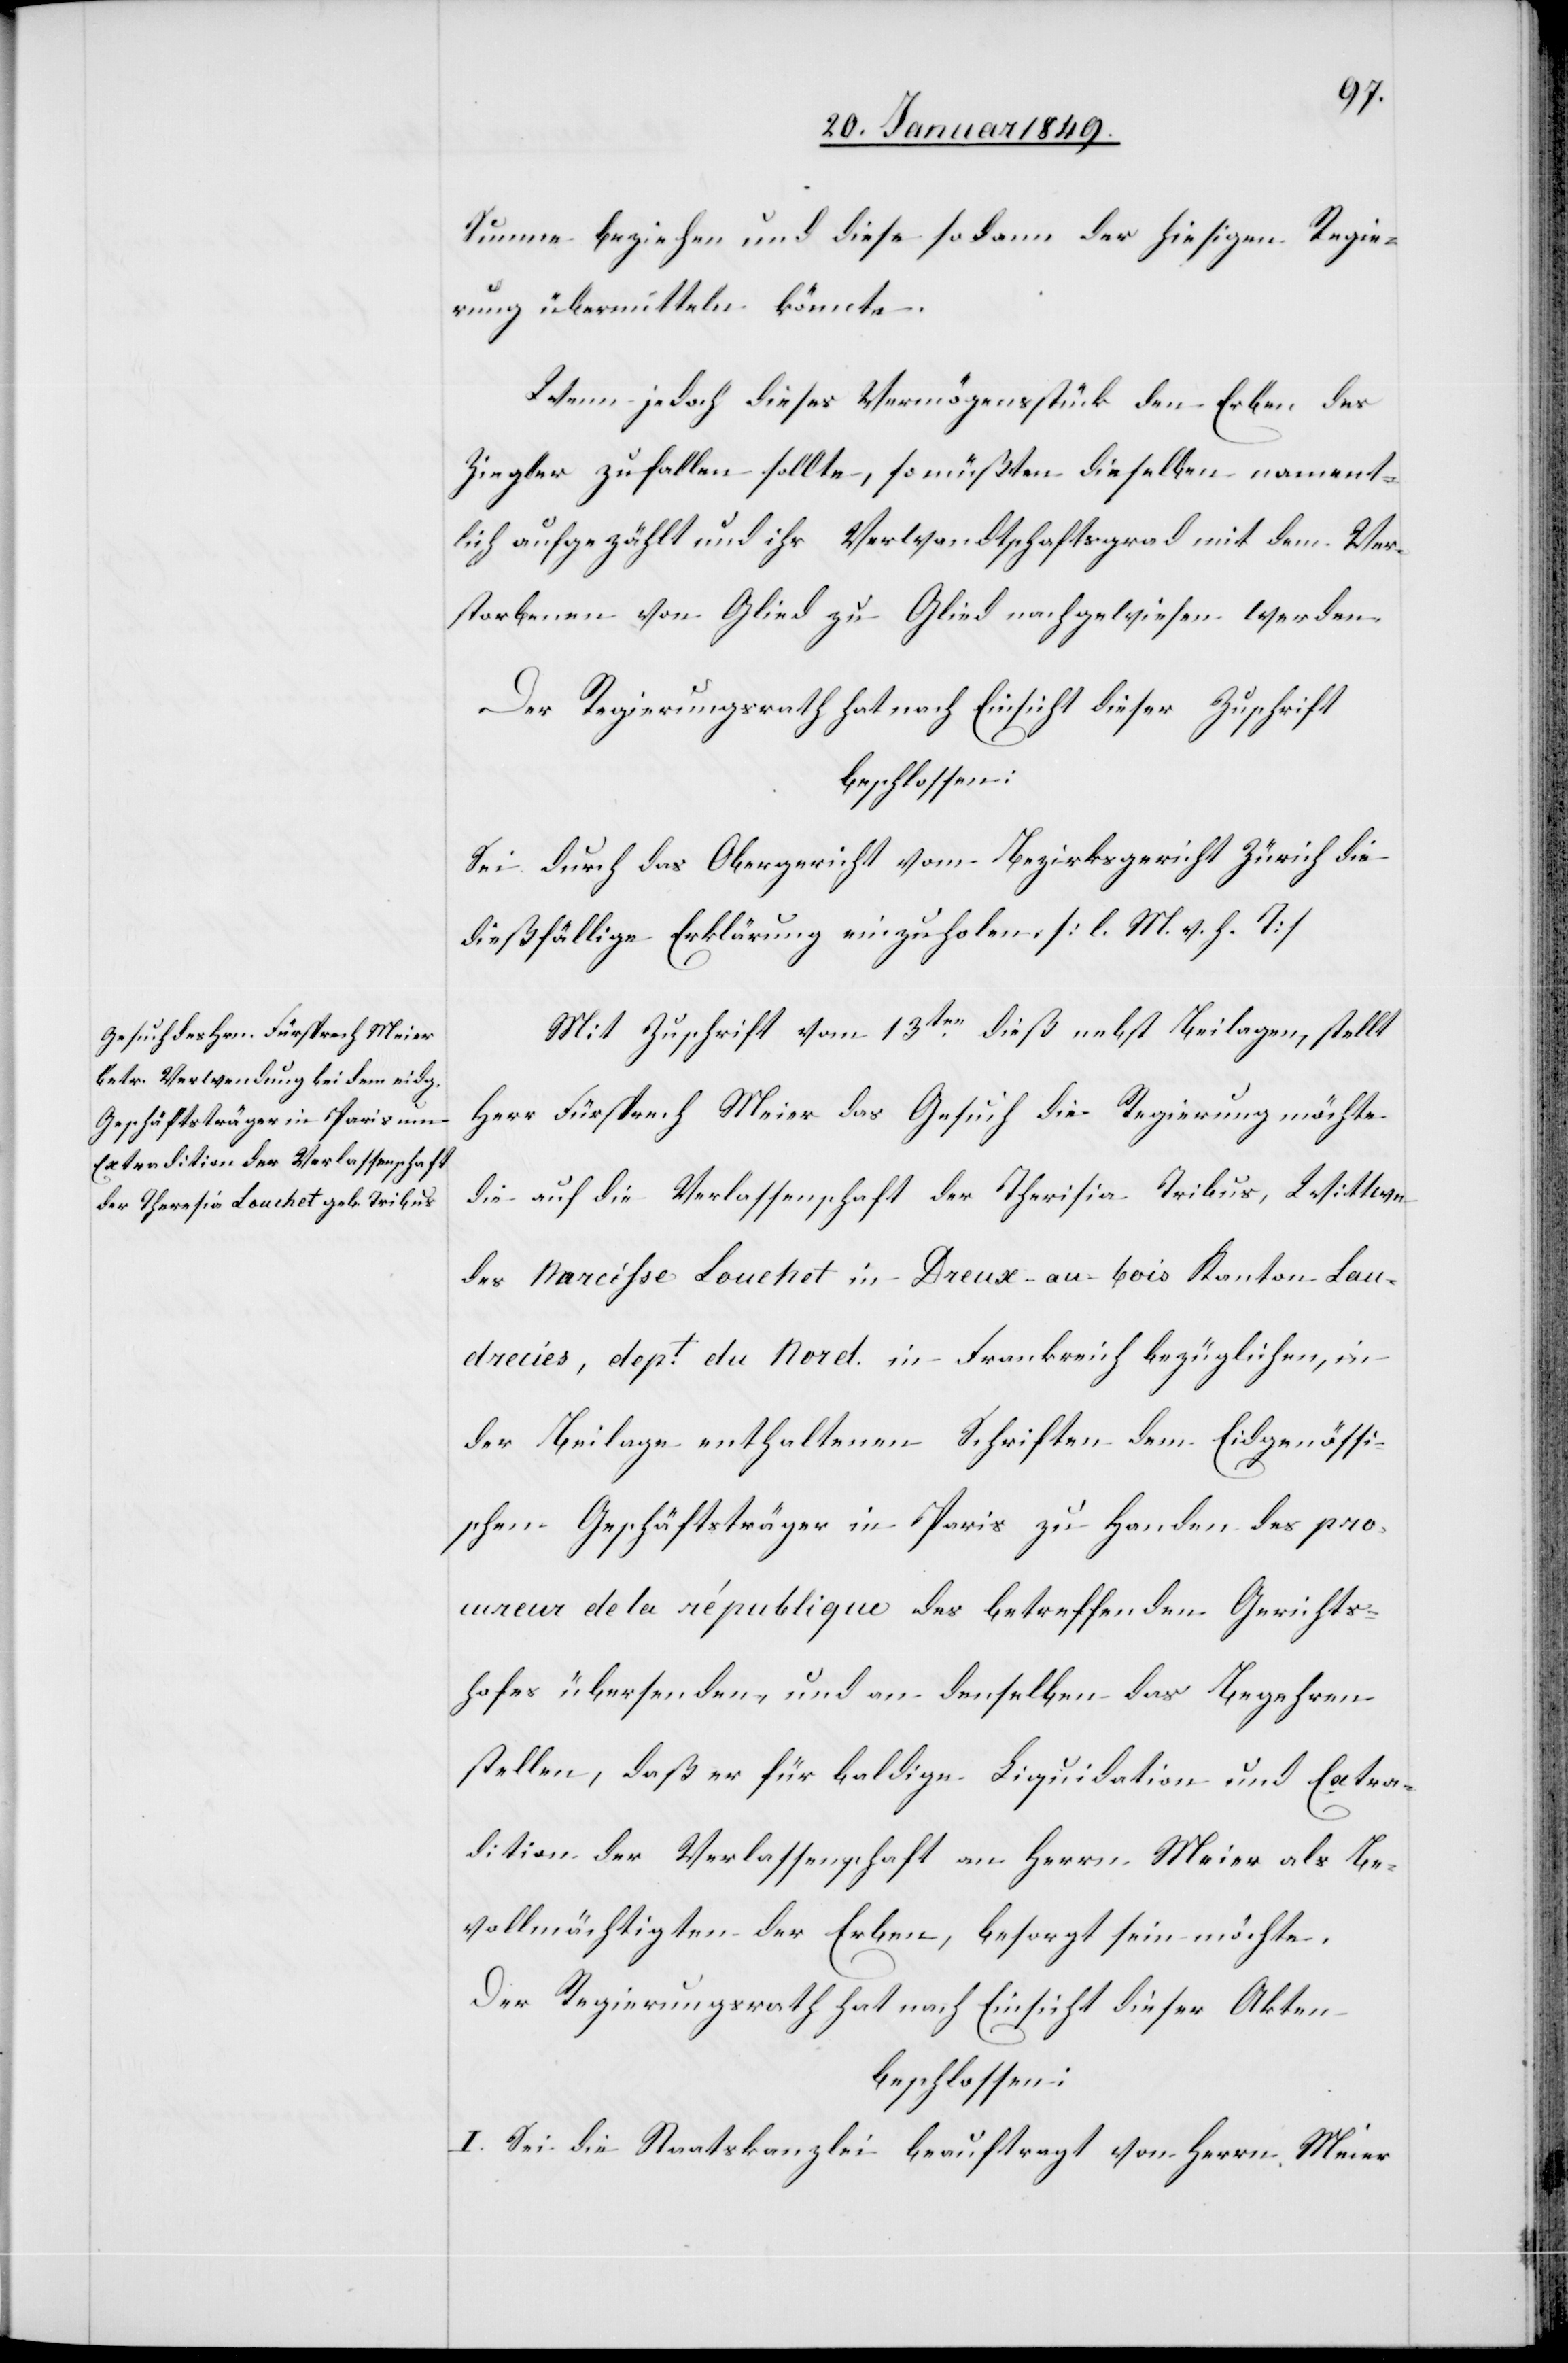
Summe beziehen und diese sodann der hiesigen Regie¬
rung übermitteln könnte.
Wenn jedoch dieses Vermögensstück den Erben des
Ziegler zufallen sollte, so müßten dieselben nament¬
lich aufgezählt und ihr Verwandtschaftsgrad mit dem Ver¬
storbenen von Glied zu Glied nachgewiesen werden.
Der Regierungsrath hat nach Einsicht dieser Zuschrift
beschlossen:
Sei durch das Obergericht vom Bezirksgericht Zürich die
dießfällige Erklärung einzuholen. [l. M. v. h. T]
Mit Zuschrift vom 13ten. dieß nebst Beilagen, stellt
Herr Fürsprech Meier das Gesuch die Regierung möchte
die auf die Verlassenschaft der Therisia [sic!] Tribus, Wittwe
des Narcisse Louchet in Dreux-au-bois Kanton Lan¬
drecies, dept. du Nord. in Frankreich bezüglichen, in
der Beilage enthaltenen Schriften dem Eidgenössi¬
schen Geschäftsträger in Paris zu Handen des pro¬
cureur de la république des betreffenden Gerichts¬
hofes übersenden, und an denselben das Begehren
stellen, daß er für baldige Liquidation und Extra¬
dition der Verlassenschaft an Herrn Meier als Be¬
vollmächtigten der Erben, besorgt sein möchte.
Der Regierungsrath hat nach Einsicht dieser Akten
beschlossen:
I. Sei die Staatskanzlei beauftragt von Herrn Meier